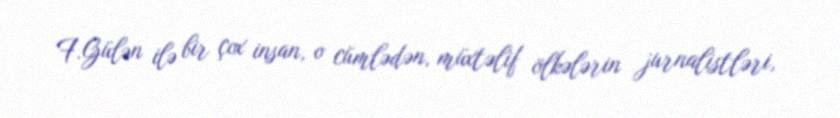
F.Gülən ilə bir çox insan, o cümlədən, müxtəlif ölkələrin jurnalistləri,